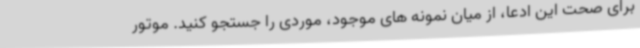
برای صحت این ادعا، از میان نمونه های موجود، موردی را جستجو کنید. موتور